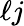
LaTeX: \ell j